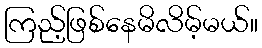
ကြည့်ဖြစ်နေမိလိမ့်မယ်။